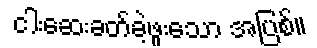
ငါးဆေးခတ်ခဲ့ဖူးသော အပြစ်။